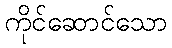
ကိုင်ဆောင်သော